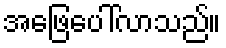
အဖြေပေါ်လာသည်။